Report on vaccination in the Province of Bengal - 1869-1873
Year: 1869
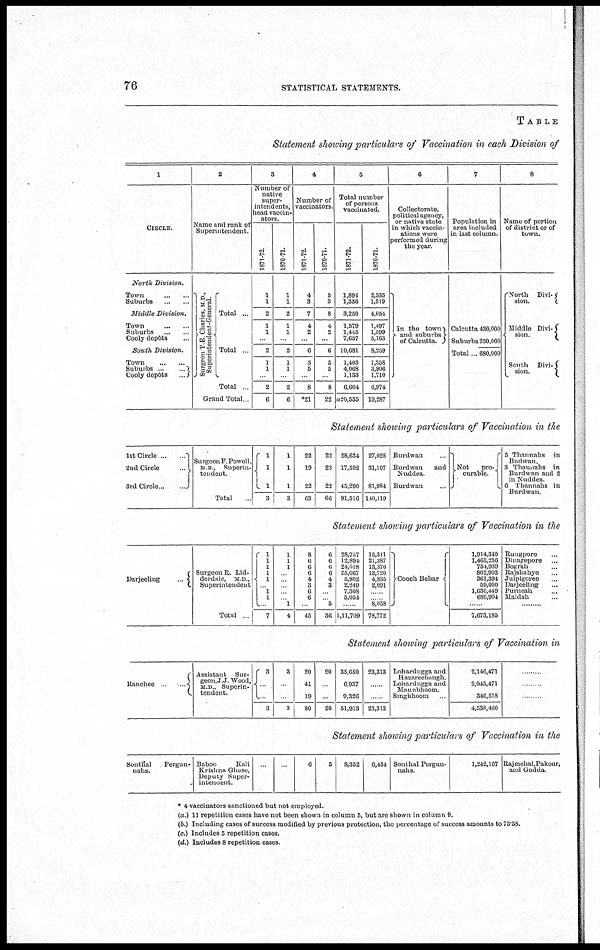
76
STATISTICAL STATEMENTS.
TABLE
Statement showing particulars of Vaccination in each Division of
1
CIRCLE.
North Division.
Town
...
...
Suburbs ... ...
Middle Division.
Town
...
...
Suburbs
...
...
Cooly depôts ...
South Division.
Town
...
...
Subuibs ... ...
Cooly depôts
...
2
Name and rank of
Superintendent.
Surgeon T.E. Charles, M.D.,
Superintendent-General.
Total ...
Total ...
Total ...
Grand Total ...
3
Number of
native
super-
intendents,
head vaccin-
ators.
1871-72.
1
1
2
1
1 ...
2
1
1 ...
2
6
1870-71.
1
1
2
1
1
...
2
1
1
...
2
6
4
Number of
vaccinators.
1871-72.
4
3
7
4
2
...
6
3
5
...
8
*21
1870-71.
5
3
8
4
2
...
6
3
5
...
8
22
5
Total number
of persons
vaccinated.
1871-72.
1,894
1,356
3,250
1,579
1,445
7,657
10,681
1,403
4,068
1,133
6,604
a20,535
1870-71.
2,535
1,519
4,054
1,497
1,599
5,163
8,259
1,358
3,906
1,710
6,974
19,287
6
Collectorate,
political agency,
or native state
in which vaccin-
ations were
performed during
the year.
In the town
and suburbs
of Calcutta.
7
Population in
area included
in last column.
Calcutta 430,000
Suburbs 250,000
Total ... 680,000
8
Name of portion
of district or of
town.
North Divi¬
sion.
Middle Divi¬
sion.
South Divi¬
sion.
Statement showing particulars of Vaccination in the
1st Circle ... ...
2nd Circle ... ...
3rd Circle...
...
Surgeon F.Powell,
M B , Superin-
tendent.
Total ...
1
1
1
3
1
1
1
3
22
19
22
63
22
22
22
66
28,634
17,592
45,290
91,516
27,028
31,107
81,984
140,119
Burdwan
Burdwan and
Nudden
Buidwan
Not
Pro¬
curable.
5 Thannahs in
Budwan.
3 Thamiahs in
Burdwan and 2
in Nuddea.
6 Thannahs in
Burdwan.
Statement showing particulars of Vaccination in the
Darjeeling
...
Surgeon R. Lid¬
derdale, M D ,
Superintendent
Total ...
1
1
1
1 1
...
1
1
...
7
1
1
1
...
...
...
...
... 1
4
8
6
6
6
4
3
6
6
...
45
6
6
6
6
4
3
...
... 5
30
28,757
12,894
24,518
25,067
5,862
2,249
7,308
5,054
......
1,11,709
15,311
21,387
13,370
13,720
4,835
2,091
......
...... 8,058
78,772
Cooch Behar
1,914,340
1,463,256
754,939
802,903
361,394
59,000
1,636,449
680,904
.........
7,673,185
Rungpore ...
Dinagepore ...
Bograh ...
Rajshabye ...
Julpigoree ...
Darjeeling ...
Purneah ...
Maldah ...
.........
Statement shotting particulars of Vaccination in
Ranchee
...
Assistant Sur-
geon, J J. Wood,
M.D., Superin-
tendent.
3
...
... 3
3
...
...
3
20
41
19
80
20
...
...
20
35,650
6,937
9,326
51,913
23,313
......
......
23,313
Lohardugga and
Hazareebaugh.
Lohardugga and
Maunbhoom.
Singbhoom ...
2,146,471
2,045,471
346,518
4,538,460
.........
.........
.........
Statement shotting particulars of Vaccination in the
Sonthal
Pergun¬
uahs.
Baboo
Kali
Krishna Ghose,
Deputy Super¬
intendent.
... ...
6
5
8,352
6,454 Sonthal Pergun¬
nans.
1,242,167 Rajmehal, Pakour,
and Godda.
* 4 vaccinators sanctioned but not employed.
(a.) 11 repetition cases have not been shown in column 5, but are shown in column 9.
(b.) Including cases of success modified by previous protection, the percentage of success amounts to 75.58.
(c.) Includes 5 repetition cases.
(d.) Includes 8 repetition cases.